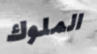
الملوك